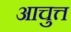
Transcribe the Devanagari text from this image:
आचुत्त